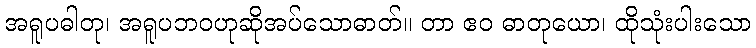
အရူပဓါတု၊ အရူပဘဝဟုဆိုအပ်သောဓာတ်။ တာ ဧဝ ဓာတုယော၊ ထိုသုံးပါးသော